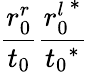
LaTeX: \frac{r_{0}^{r}}{t_{0}}\frac{{r_{0}^{l}}^{*}}{{t_{0}}^{*}}